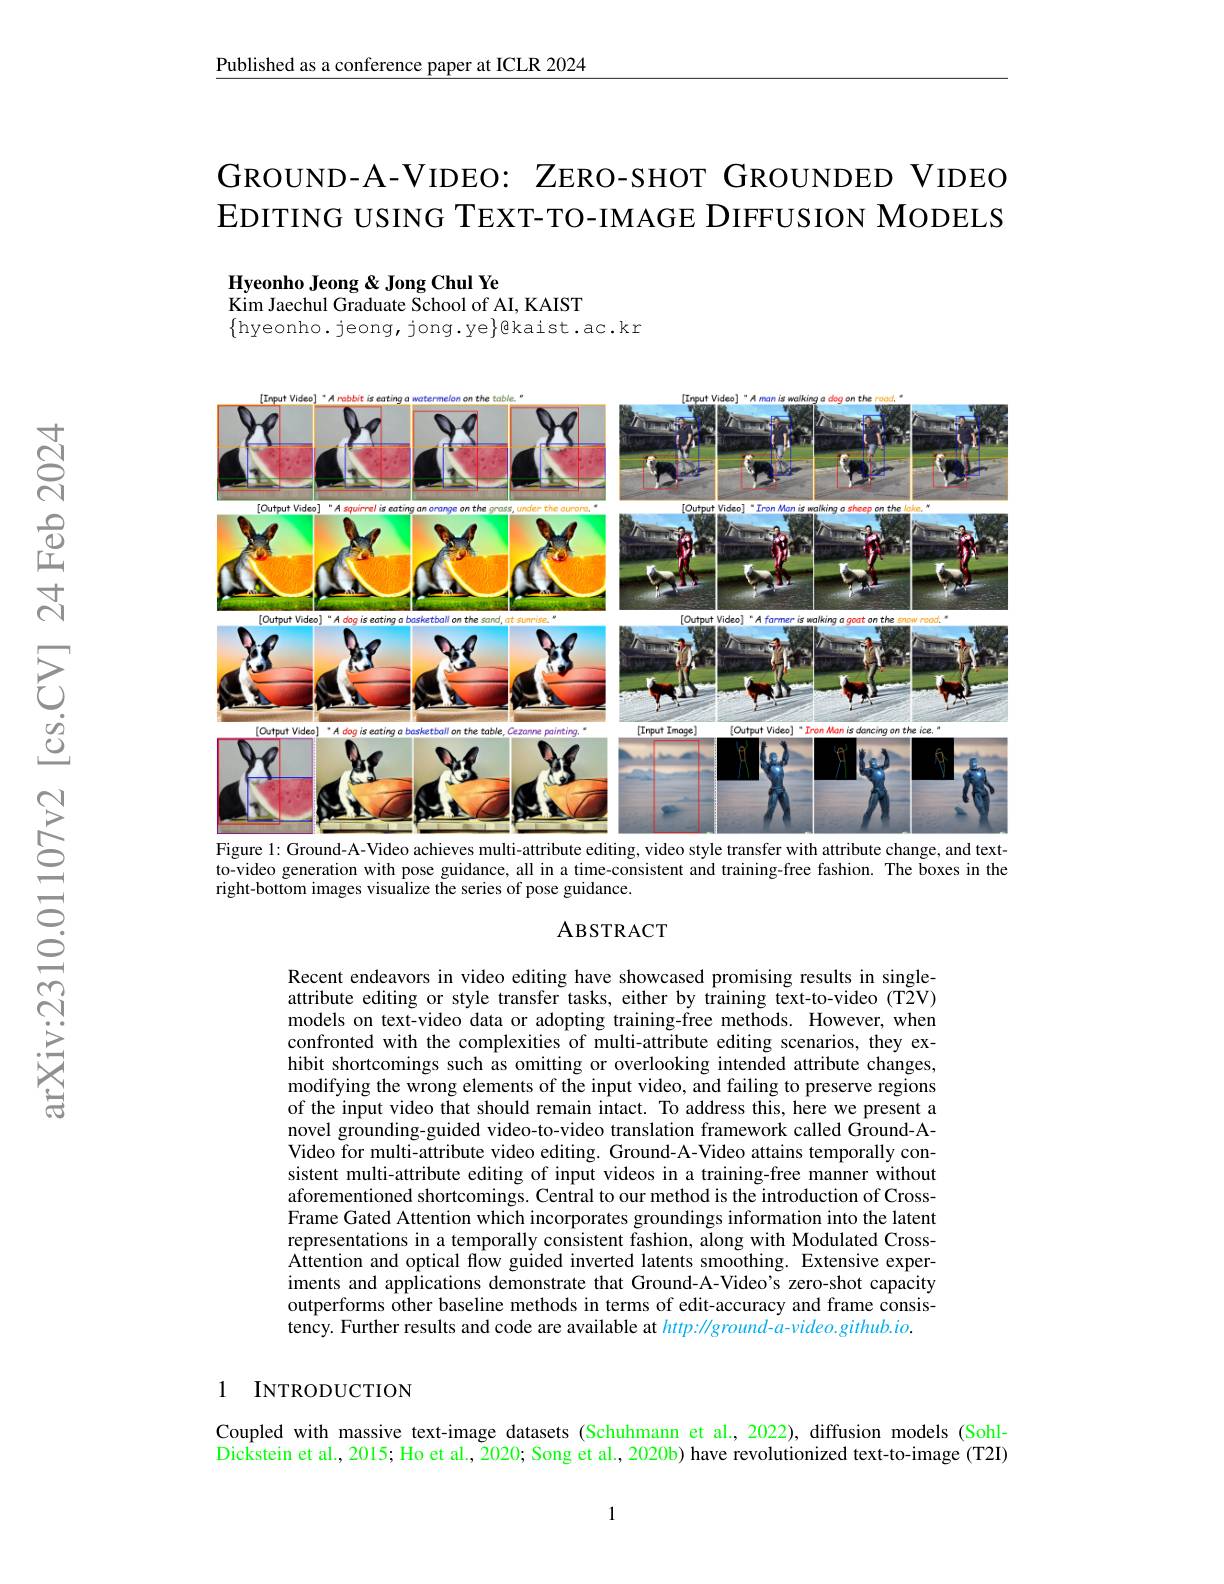
Published as a conference paper at ICLR 2024

GROUND-A-VIDEO: ZERO-SHOT GROUNDED VIDEO EDITING USING TEXT-TO-IMAGE DIFFUSION MODELS

Hyeonho Jeong & Jong Chul Ye
$\dot{\mathrm{Kim~Jaechul~Graduate~School~of~AI,~KAIST}}$
$\{$hyeonho. jeong, jong. ye$\}$êkaist.ac.kr

<FigureHere>
Figure 1: Ground-A-Video achieves multi-attribute editing, video style transfer with attribute change, and text-

to-video generation with pose guidance, all in a time-consistent and training-free fashion. The boxes in the
right-bottom images visualize the series of pose guidance.

### ABSTRACT

Recent endeavors in video editing have showcased promising results in singleattribute editing or style transfer tasks, either by training text-to-video (T2V) models on text-video data or adopting training-free methods. However, when confronted with the complexities of multi-attribute editing scenarios, they exhibit shortcomings such as omitting or overlooking intended attribute changes, modifying the wrong elements of the input video, and failing to preserve regions of the input video that should remain intact. To address this, here we present a novel grounding-guided video-to-video translation framework called Ground-AVideo for multi-attribute video editing. Ground-A-Video attains temporally consistent multi-attribute editing of input videos in a training-free manner without aforementioned shortcomings. Central to our method is the introduction of CrossFrame Gated Attention which incorporates groundings information into the latent representations in a temporally consistent fashion, along with Modulated CrossAttention and optical flow guided inverted latents smoothing. Extensive experiments and applications demonstrate that Ground-A-Video's zero-shot capacity outperforms $\hat{\text{other baseline methods in terms of edit-accuracy and frame consis-}}$ $\hat{\text{tency. Further results and code are available at http:}}//ground-a-video.github.io.$

### 1 INTRODUCTION

Coupled with massive text-image datasets (Schuhmann et al., 2022), diffusion models (Sohl- $\hat{\text{Dickstein et al., 2015; Ho et al., 2020; Song et al., 2020b) have revolutionized text-to-image (T2I)}}$

1